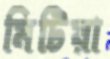
মিটিয়া